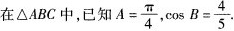
在\bigtriangleup 中，$$A = \frac { \pi } { 4 }$$，$$\cos B = \frac { 4 } { 5 }$$·